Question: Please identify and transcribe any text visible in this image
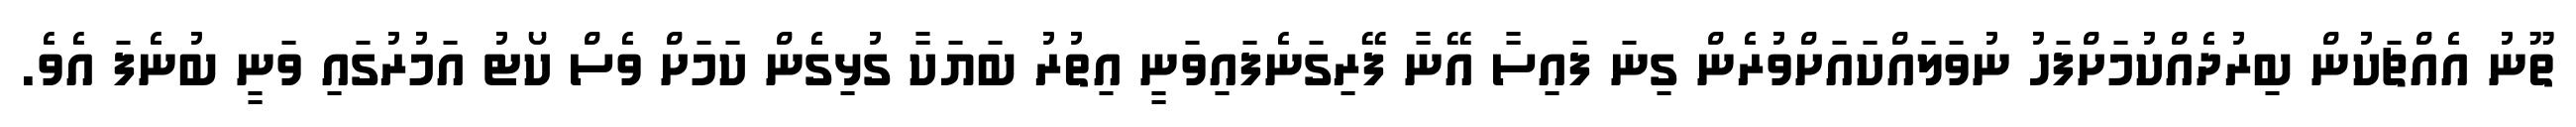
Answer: ތޫނު އެއްޗަކުން ބިރުދެއްކުމަށްފަހު ނުވަލައްކައަށްވުރެން ގިނަ ފައިސާ އޭނާ ފޭރިގަނެފައިވަނީ އިތުރު ބަޔަކާ ގުޅިގެން ކަމަށް ވެސް ކޯޓު އަމުރުގައި ވަނީ ބުނެފަ އެވެ.